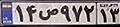
۱۴ص۹۷۲۱۳